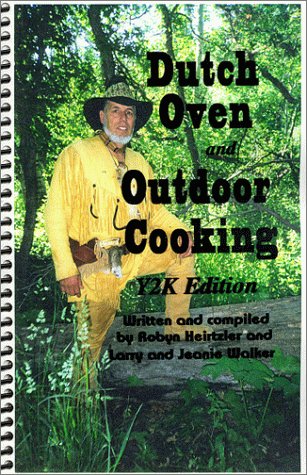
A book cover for Dutch Oven and Outdoor Cooking Y2K Edition; Larry Walker; Cookbooks, Food & Wine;